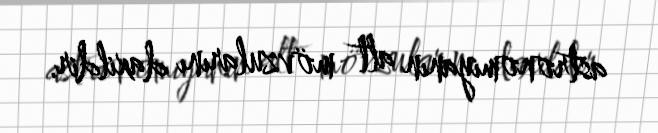
astronomiyanın alt mövzularını daxildir.